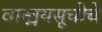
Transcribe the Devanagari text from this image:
वाङ्मयसूचीचे